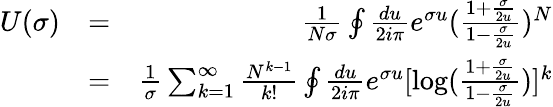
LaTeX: \begin{array}{rlr}{U(\sigma)}&{=}&{\frac{1}{N\sigma}\oint\frac{du}{2i\pi}e^{\sigma u}(\frac{1+\frac{\sigma}{2u}}{1-\frac{\sigma}{2u}})^{N}}\\ &{=}&{\frac{1}{\sigma}\sum_{k=1}^{\infty}\frac{N^{k-1}}{k!}\oint\frac{du}{2i\pi}e^{\sigma u}[\mathrm{log}(\frac{1+\frac{\sigma}{2u}}{1-\frac{\sigma}{2u}})]^{k}}\end{array}